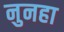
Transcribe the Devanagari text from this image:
नुनहा